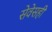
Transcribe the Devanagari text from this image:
सेवेसही